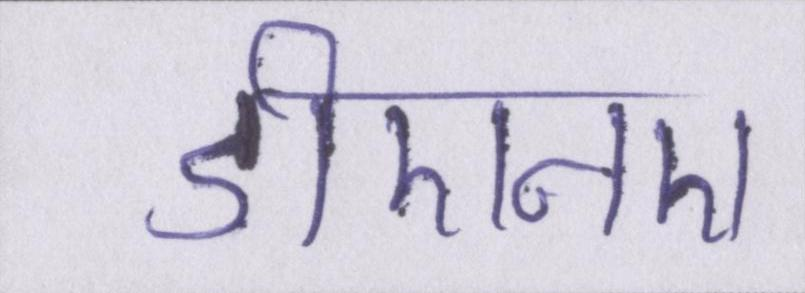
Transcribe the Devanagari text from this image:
डीएनए